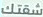
شقتك